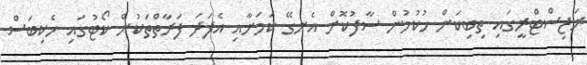
ރަޖިސްޓްރީގައި ތިބިކަން ހުކުމުން ސާފުކޮށް އެނގޭ ކަމަށާއި އެފަދަ ފަރާތްތަކުން ކޯޓުގައި ހެކިބަސް